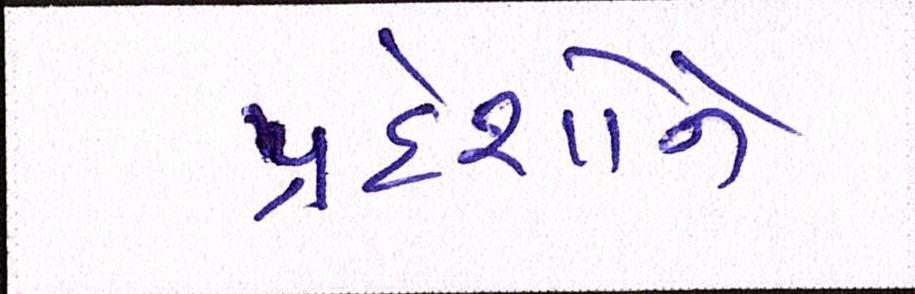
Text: પ્રદેશોને